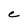
Character: e